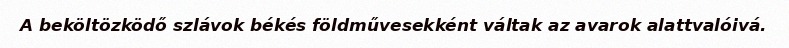
A beköltözködő szlávok békés földművesekként váltak az avarok alattvalóivá.